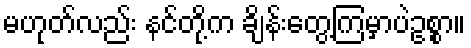
မဟုတ်လည်း နင်တို့က ချိန်းတွေ့ကြမှာပဲဥစ္စာ။